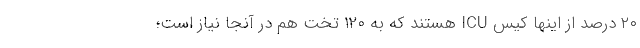
۲۰ درصد از اینها کیس ICU هستند که به ۱۲۰ تخت هم در آنجا نیاز است؛